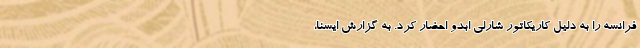
فرانسه را به دلیل کاریکاتور شارلی ابدو احضار کرد. به گزارش ایسنا،